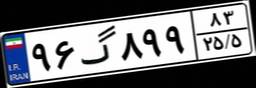
۹۶گ۸۹۹۸۳